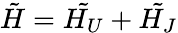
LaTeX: \tilde{H}=\tilde{H_{U}}+\tilde{H_{J}}